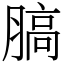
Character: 䐧